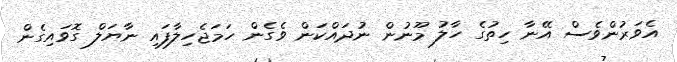
އެވަރުންވެސް އޭނާ ހިތުގެ ހާލު މޫނުން ނުދައްކަން ވެގެން ހަމަޖެހިލާފައި ނާޔަލް ގޮވައިގެން